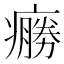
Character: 𤺩